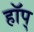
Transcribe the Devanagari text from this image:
हॉप्